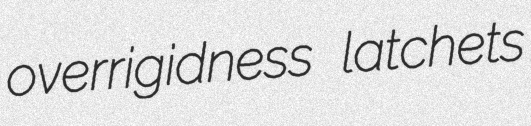
overrigidness latchets